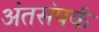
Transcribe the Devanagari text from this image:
अंतसंपर्क